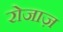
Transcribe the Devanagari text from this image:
रोजाज़